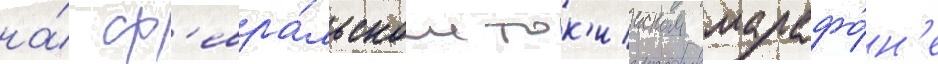
на́ ф'евра́льском ток'ииском марафо́н'е